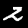
Label: 2